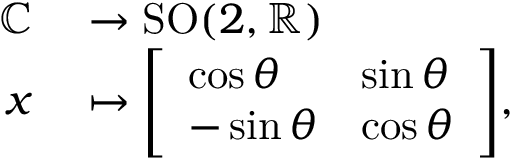
\begin{array} { r l } { \mathbb { C } } & { { } \to \operatorname { S O } ( 2 , \mathbb { R } ) } \\ { x } & { { } \mapsto { \left[ \begin{array} { l l } { \cos \theta } & { \sin \theta } \\ { - \sin \theta } & { \cos \theta } \end{array} \right] } , } \end{array}